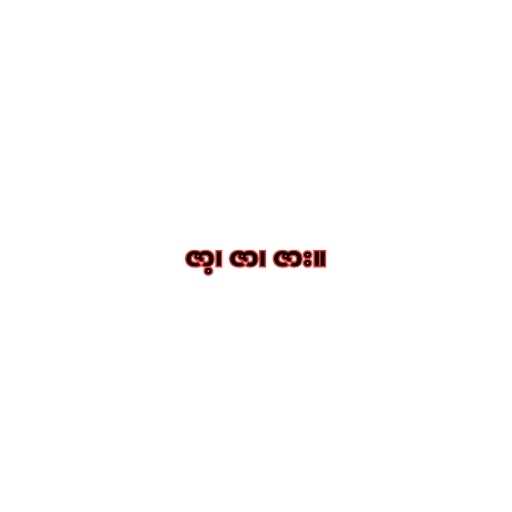
ဇာ့၊ ဇာ၊ ဇား။